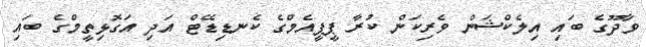
ވާދޫގެ ބައި އިލެކްޝަން ވެރިކަން ކުރާ ޕީޕީއެމްގެ ކެނޑިޑޭޓް އަދި އަގޮޅިތީމްގެ ބައި